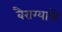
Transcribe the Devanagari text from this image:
बैराग्याचे